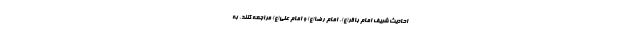
احادیث شریف امام باقر(ع)، امام رضا(ع) و امام علی(ع) مراجعه کنند، به